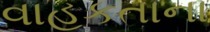
વાહકતાના